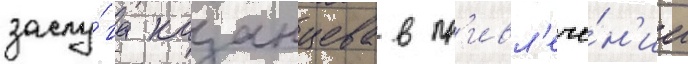
заслу́га казанцева в пр'ивл'ече́н'ии